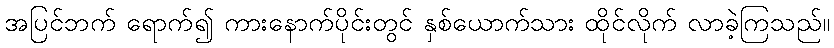
အပြင်ဘက် ရောက်၍ ကားနောက်ပိုင်းတွင် နှစ်ယောက်သား ထိုင်လိုက် လာခဲ့ကြသည်။